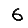
Digit: 6